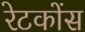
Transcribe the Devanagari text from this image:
रेटकोंस